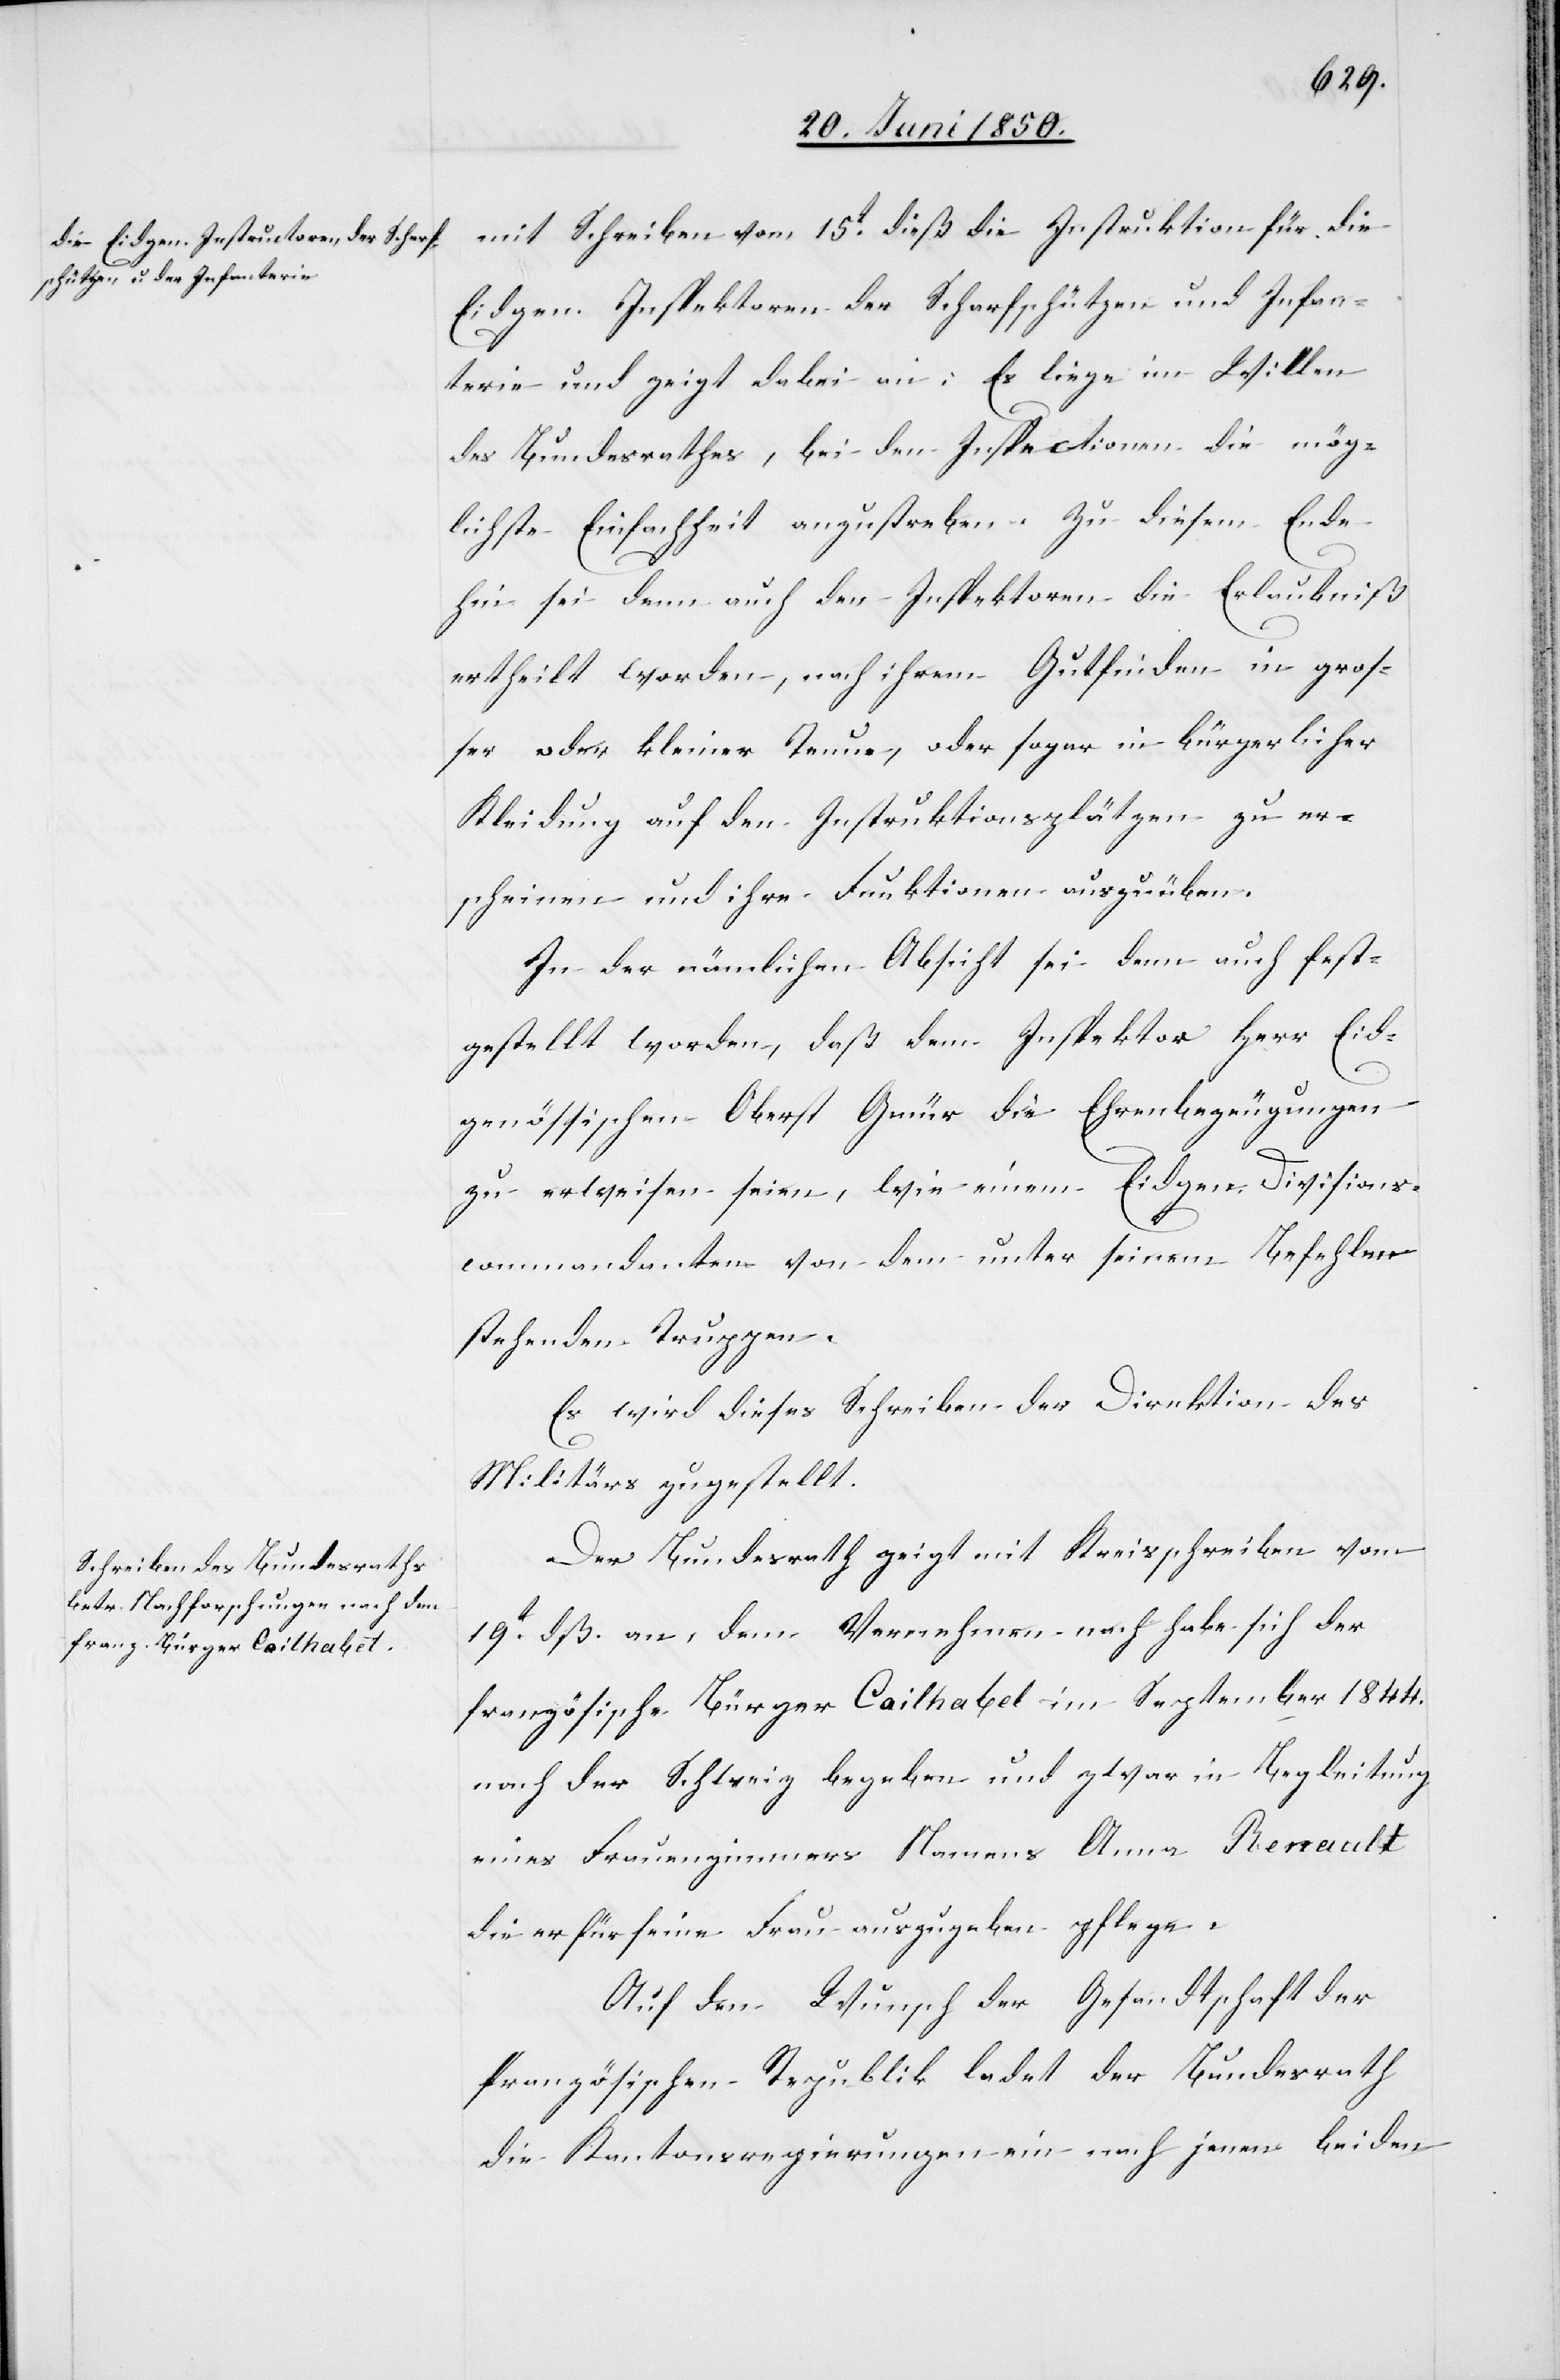
mit Schreiben vom 15t dieß die Instruktion für die
Eidgen. Inspektoren der Scharfschützen und Infan¬
terie und zeigt dabei an: Es liege im Willen
des Bundesrathes, bei den Inspectionen die mög¬
lichste Einfachheit anzustreben. Zu diesem Ende
hin sei denn auch den Inspektoren die Erlaubniß
ertheilt worden, nach ihrem Gutfinden in groß¬
er oder kleiner Tenue, oder sogar in bürgerlicher
Kleidung auf den Instruktionsplätzen zu er¬
scheinen und ihre Funktionen auszuüben.
In der nämlichen Absicht sei denn auch fest¬
gestellt worden, daß dem Inspektor Herr Eid¬
genössischen Oberst Gmür die Ehrenbezeugungen
zu erweisen seien, wie einem Eidgen. Divisions¬
commandanten von dem unter seinem Befehlen
stehenden Truppen.
Es wird dieses Schreiben der Direktion des
Militärs zugestellt.
Der Bundesrath zeigt mit Kreisschreiben vom
19t dß. an, dem Vernehmen nach habe sich der
französische Bürger Cailhabet im September 1844.
nach der Schweiz begeben und zwar in Begleitung
eines Frauenzimmers Namens Anna Renault
die er für seine Frau auszugeben pflege.
Auf den Wunsch der Gesandtschaft der
französischen Republik ladet der Bundesrath
die Kantonsregierungen ein nach jenen beiden